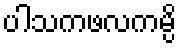
ပါသကဖလကမ္ပိ